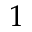
1